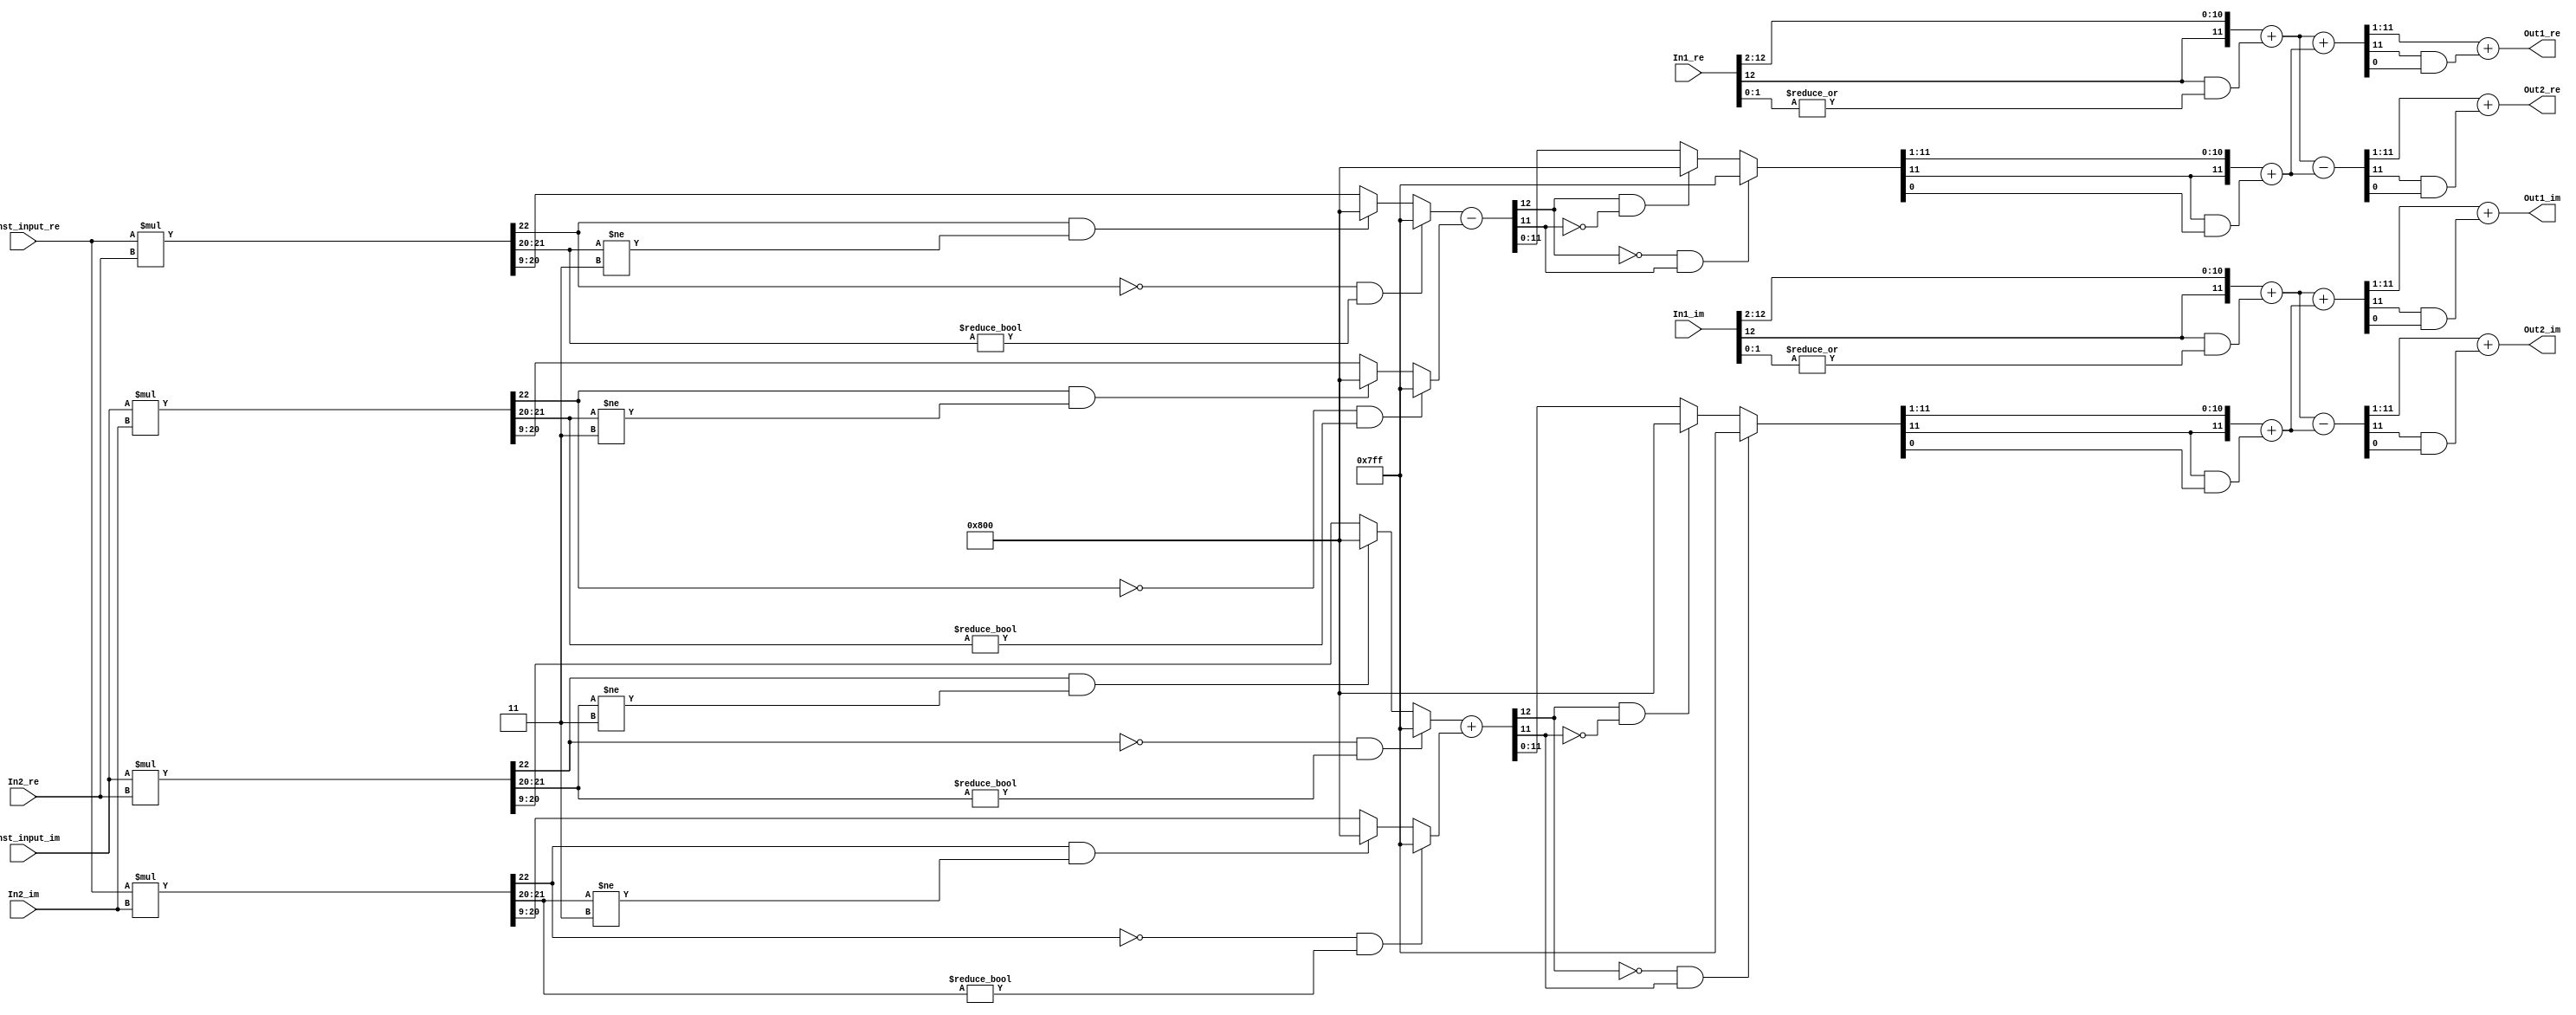
// -------------------------------------------------------------
// 
// 
// Generated by MATLAB 9.4 and HDL Coder 3.12
// 
// -------------------------------------------------------------


// -------------------------------------------------------------
// 
// Module: SeventhStage42
// Source Path: FFTscheme2/FFTv2/Butterflies/128 input 7 step/SeventhStage42
// Hierarchy Level: 3
// 
// -------------------------------------------------------------

`timescale 1 ns / 1 ns

module SeventhStage42
          (In1_re,
           In1_im,
           In2_re,
           In2_im,
           Const_input_re,
           Const_input_im,
           Out1_re,
           Out1_im,
           Out2_re,
           Out2_im);


  input   signed [12:0] In1_re;  // sfix13_En3
  input   signed [12:0] In1_im;  // sfix13_En3
  input   signed [12:0] In2_re;  // sfix13_En3
  input   signed [12:0] In2_im;  // sfix13_En3
  input   signed [9:0] Const_input_re;  // sfix10_En8
  input   signed [9:0] Const_input_im;  // sfix10_En8
  output  signed [10:0] Out1_re;  // sfix11
  output  signed [10:0] Out1_im;  // sfix11
  output  signed [10:0] Out2_re;  // sfix11
  output  signed [10:0] Out2_im;  // sfix11


  wire signed [22:0] Product_mul_temp;  // sfix23_En11
  wire signed [11:0] Product_sub_cast;  // sfix12_En2
  wire signed [12:0] Product_sub_cast_1;  // sfix13_En2
  wire signed [22:0] Product_mul_temp_1;  // sfix23_En11
  wire signed [11:0] Product_sub_cast_2;  // sfix12_En2
  wire signed [12:0] Product_sub_cast_3;  // sfix13_En2
  wire signed [12:0] Product_sub_temp;  // sfix13_En2
  wire signed [22:0] Product_mul_temp_2;  // sfix23_En11
  wire signed [11:0] Product_add_cast;  // sfix12_En2
  wire signed [12:0] Product_add_cast_1;  // sfix13_En2
  wire signed [22:0] Product_mul_temp_3;  // sfix23_En11
  wire signed [11:0] Product_add_cast_2;  // sfix12_En2
  wire signed [12:0] Product_add_cast_3;  // sfix13_En2
  wire signed [12:0] Product_add_temp;  // sfix13_En2
  wire signed [11:0] Product_out1_re;  // sfix12_En2
  wire signed [11:0] Product_out1_im;  // sfix12_En2
  wire signed [11:0] Sum_add_cast;  // sfix12_En1
  wire signed [11:0] Sum_add_cast_1;  // sfix12_En1
  wire signed [11:0] Sum_add_temp;  // sfix12_En1
  wire signed [11:0] Sum_add_cast_2;  // sfix12_En1
  wire signed [11:0] Sum_add_cast_3;  // sfix12_En1
  wire signed [11:0] Sum_add_temp_1;  // sfix12_En1
  wire signed [10:0] Sum_out1_re;  // sfix11
  wire signed [10:0] Sum_out1_im;  // sfix11
  wire signed [11:0] Sum1_sub_cast;  // sfix12_En1
  wire signed [11:0] Sum1_sub_cast_1;  // sfix12_En1
  wire signed [11:0] Sum1_sub_temp;  // sfix12_En1
  wire signed [11:0] Sum1_sub_cast_2;  // sfix12_En1
  wire signed [11:0] Sum1_sub_cast_3;  // sfix12_En1
  wire signed [11:0] Sum1_sub_temp_1;  // sfix12_En1
  wire signed [10:0] Sum1_out1_re;  // sfix11
  wire signed [10:0] Sum1_out1_im;  // sfix11


  assign Product_mul_temp = Const_input_re * In2_re;
  assign Product_sub_cast = ((Product_mul_temp[22] == 1'b0) && (Product_mul_temp[21:20] != 2'b00) ? 12'sb011111111111 :
              ((Product_mul_temp[22] == 1'b1) && (Product_mul_temp[21:20] != 2'b11) ? 12'sb100000000000 :
              $signed(Product_mul_temp[20:9])));
  assign Product_sub_cast_1 = {Product_sub_cast[11], Product_sub_cast};
  assign Product_mul_temp_1 = Const_input_im * In2_im;
  assign Product_sub_cast_2 = ((Product_mul_temp_1[22] == 1'b0) && (Product_mul_temp_1[21:20] != 2'b00) ? 12'sb011111111111 :
              ((Product_mul_temp_1[22] == 1'b1) && (Product_mul_temp_1[21:20] != 2'b11) ? 12'sb100000000000 :
              $signed(Product_mul_temp_1[20:9])));
  assign Product_sub_cast_3 = {Product_sub_cast_2[11], Product_sub_cast_2};
  assign Product_sub_temp = Product_sub_cast_1 - Product_sub_cast_3;
  assign Product_out1_re = ((Product_sub_temp[12] == 1'b0) && (Product_sub_temp[11] != 1'b0) ? 12'sb011111111111 :
              ((Product_sub_temp[12] == 1'b1) && (Product_sub_temp[11] != 1'b1) ? 12'sb100000000000 :
              $signed(Product_sub_temp[11:0])));
  assign Product_mul_temp_2 = Const_input_im * In2_re;
  assign Product_add_cast = ((Product_mul_temp_2[22] == 1'b0) && (Product_mul_temp_2[21:20] != 2'b00) ? 12'sb011111111111 :
              ((Product_mul_temp_2[22] == 1'b1) && (Product_mul_temp_2[21:20] != 2'b11) ? 12'sb100000000000 :
              $signed(Product_mul_temp_2[20:9])));
  assign Product_add_cast_1 = {Product_add_cast[11], Product_add_cast};
  assign Product_mul_temp_3 = Const_input_re * In2_im;
  assign Product_add_cast_2 = ((Product_mul_temp_3[22] == 1'b0) && (Product_mul_temp_3[21:20] != 2'b00) ? 12'sb011111111111 :
              ((Product_mul_temp_3[22] == 1'b1) && (Product_mul_temp_3[21:20] != 2'b11) ? 12'sb100000000000 :
              $signed(Product_mul_temp_3[20:9])));
  assign Product_add_cast_3 = {Product_add_cast_2[11], Product_add_cast_2};
  assign Product_add_temp = Product_add_cast_1 + Product_add_cast_3;
  assign Product_out1_im = ((Product_add_temp[12] == 1'b0) && (Product_add_temp[11] != 1'b0) ? 12'sb011111111111 :
              ((Product_add_temp[12] == 1'b1) && (Product_add_temp[11] != 1'b1) ? 12'sb100000000000 :
              $signed(Product_add_temp[11:0])));



  assign Sum_add_cast = ({In1_re[12], In1_re[12:2]}) + $signed({1'b0, In1_re[12] & (|In1_re[1:0])});
  assign Sum_add_cast_1 = ({Product_out1_re[11], Product_out1_re[11:1]}) + $signed({1'b0, Product_out1_re[11] & Product_out1_re[0]});
  assign Sum_add_temp = Sum_add_cast + Sum_add_cast_1;
  assign Sum_out1_re = Sum_add_temp[11:1] + $signed({1'b0, Sum_add_temp[11] & Sum_add_temp[0]});
  assign Sum_add_cast_2 = ({In1_im[12], In1_im[12:2]}) + $signed({1'b0, In1_im[12] & (|In1_im[1:0])});
  assign Sum_add_cast_3 = ({Product_out1_im[11], Product_out1_im[11:1]}) + $signed({1'b0, Product_out1_im[11] & Product_out1_im[0]});
  assign Sum_add_temp_1 = Sum_add_cast_2 + Sum_add_cast_3;
  assign Sum_out1_im = Sum_add_temp_1[11:1] + $signed({1'b0, Sum_add_temp_1[11] & Sum_add_temp_1[0]});



  assign Out1_re = Sum_out1_re;

  assign Out1_im = Sum_out1_im;

  assign Sum1_sub_cast = ({In1_re[12], In1_re[12:2]}) + $signed({1'b0, In1_re[12] & (|In1_re[1:0])});
  assign Sum1_sub_cast_1 = ({Product_out1_re[11], Product_out1_re[11:1]}) + $signed({1'b0, Product_out1_re[11] & Product_out1_re[0]});
  assign Sum1_sub_temp = Sum1_sub_cast - Sum1_sub_cast_1;
  assign Sum1_out1_re = Sum1_sub_temp[11:1] + $signed({1'b0, Sum1_sub_temp[11] & Sum1_sub_temp[0]});
  assign Sum1_sub_cast_2 = ({In1_im[12], In1_im[12:2]}) + $signed({1'b0, In1_im[12] & (|In1_im[1:0])});
  assign Sum1_sub_cast_3 = ({Product_out1_im[11], Product_out1_im[11:1]}) + $signed({1'b0, Product_out1_im[11] & Product_out1_im[0]});
  assign Sum1_sub_temp_1 = Sum1_sub_cast_2 - Sum1_sub_cast_3;
  assign Sum1_out1_im = Sum1_sub_temp_1[11:1] + $signed({1'b0, Sum1_sub_temp_1[11] & Sum1_sub_temp_1[0]});



  assign Out2_re = Sum1_out1_re;

  assign Out2_im = Sum1_out1_im;

endmodule  // SeventhStage42